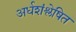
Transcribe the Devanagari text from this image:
अर्धशंश्लेषित